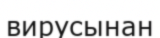
вирусынан